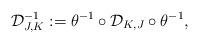
LaTeX: \begin{align*}\mathcal{D}_{J,K}^{-1}:=\theta^{-1}\circ\mathcal{D}_{K,J}\circ\theta^{-1},\end{align*}